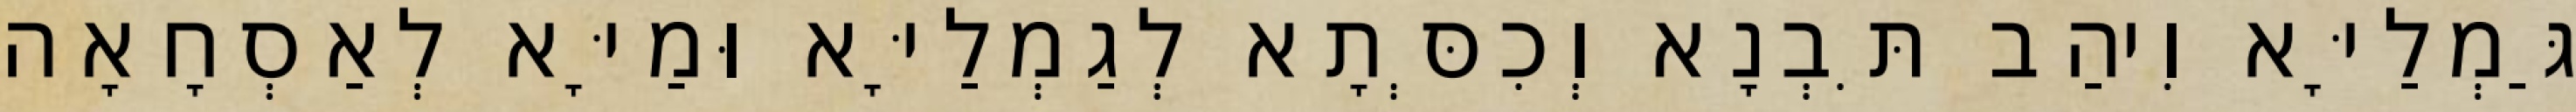
גַּמְלַיָּא וִיהַב תִּבְנָא וְכִסְּתָא לְגַמְלַיָּא וּמַיָּא לְאַסְחָאָה